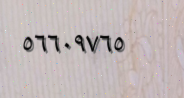
٥٦٦٠٩٧٦٥